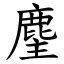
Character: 麈